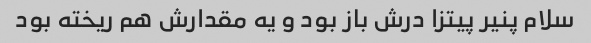
سلام پنیر پیتزا درش باز بود و یه مقدارش هم ریخته بود